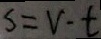
s = V - t